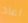
اعاد